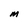
Character: M